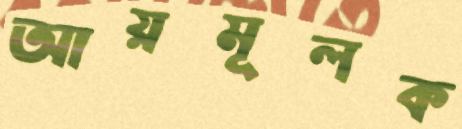
আয়মূলক